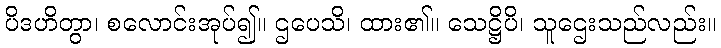
ပိဒဟိတွာ၊ စလောင်းအုပ်၍။ ဌပေသိ၊ ထား၏။ သေဋ္ဌိပိ၊ သူဌေးသည်လည်း။